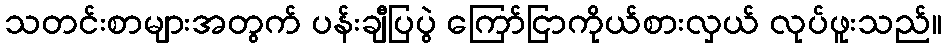
သတင်းစာများအတွက် ပန်းချီပြပွဲ ကြော်ငြာကိုယ်စားလှယ် လုပ်ဖူးသည်။